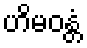
ဟိမဝန္တံ